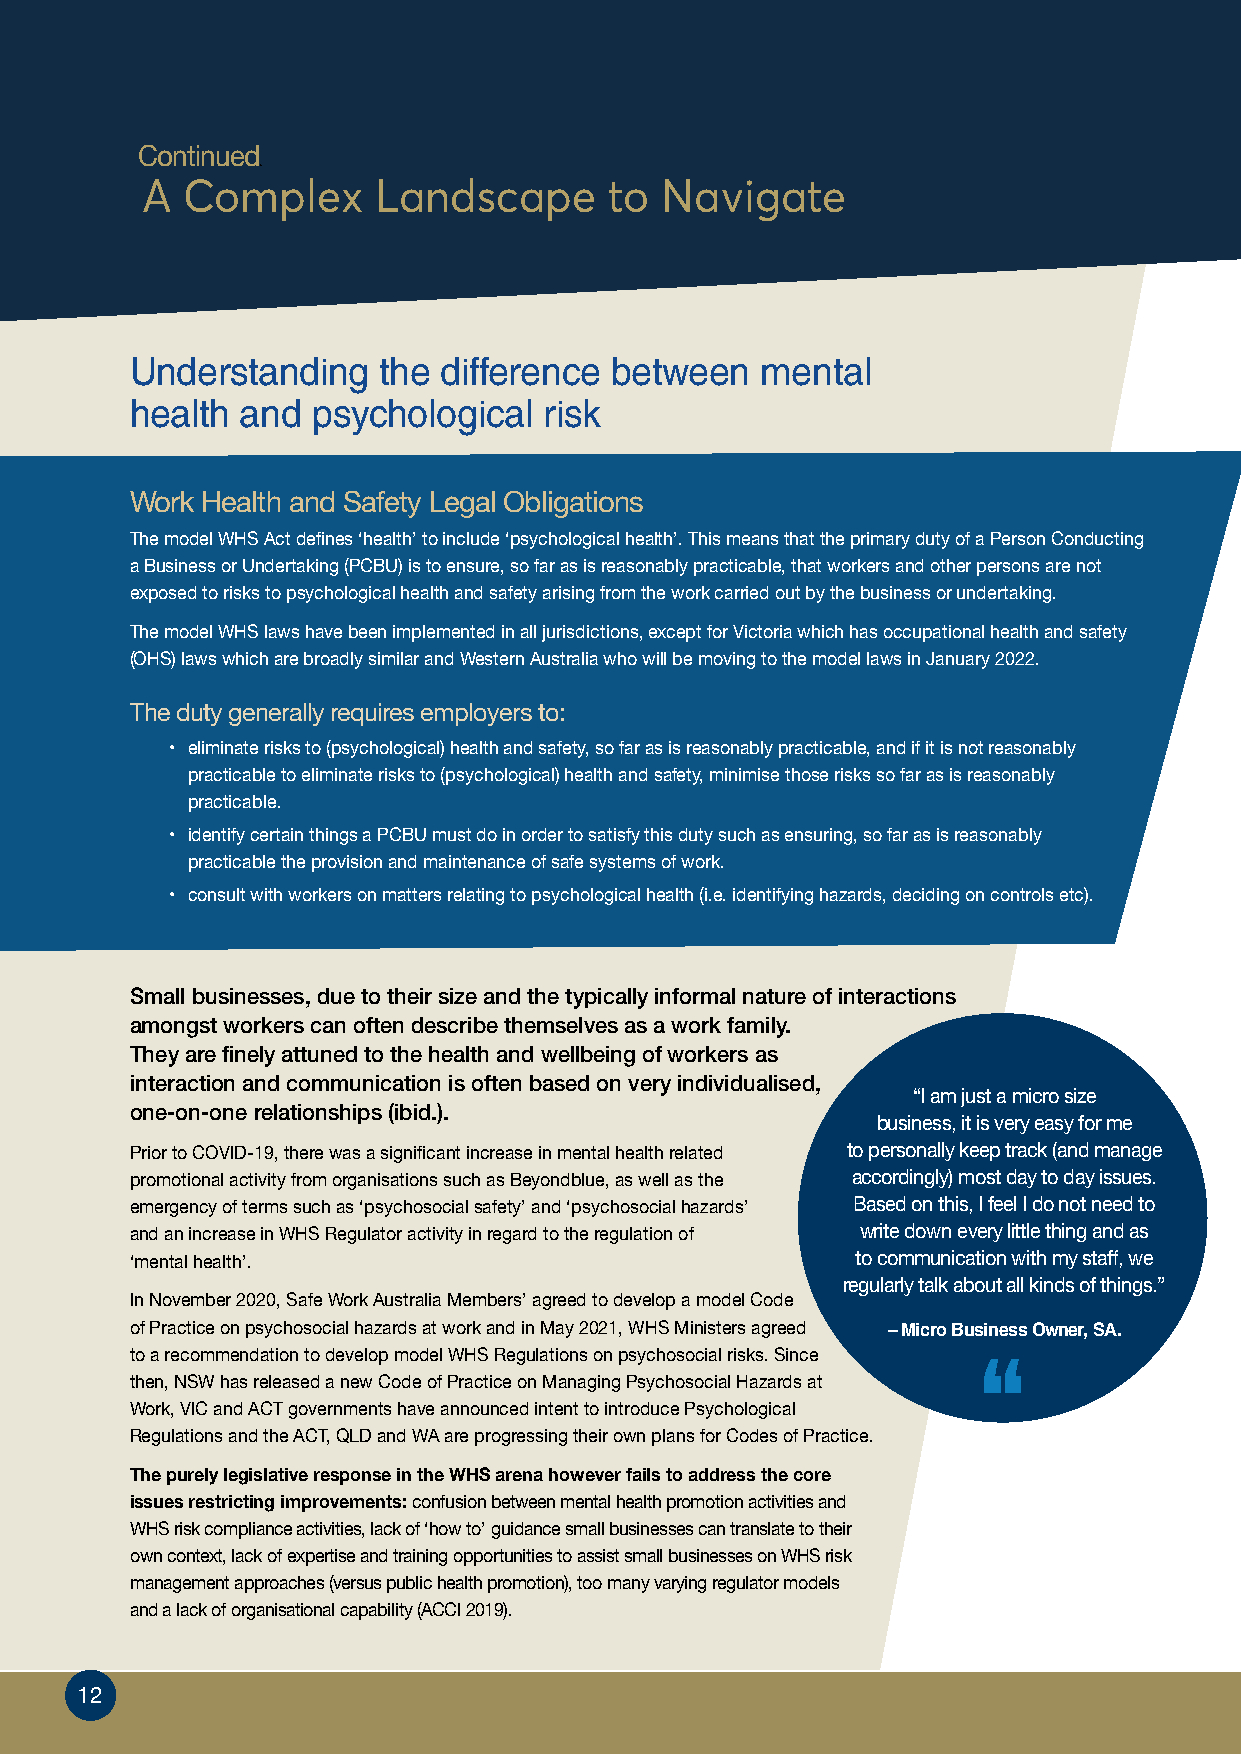
Continued
 Fo
 A  Complex      Landscape      to  Navigate
 Understanding   the difference between   mental
 health and  psychological  risk
 Work Health and Safety Legal Obligations
 The model WHS Act defines ‘health’ to include ‘psychological health’. This means that the primary duty of a Person Conducting
 a Business or Undertaking (PCBU) is to ensure, so far as is reasonably practicable, that workers and other persons are not
 exposed to risks to psychological health and safety arising from the work carried out by the business or undertaking.
 The model WHS laws have been implemented in all jurisdictions, except for Victoria which has occupational health and safety
 (OHS) laws which are broadly similar and Western Australia who will be moving to the model laws in January 2022.
 The duty generally requires employers to:
 • eliminate risks to (psychological) health and safety, so far as is reasonably practicable, and if it is not reasonably
 practicable to eliminate risks to (psychological) health and safety, minimise those risks so far as is reasonably
 practicable.
 • identify certain things a PCBU must do in order to satisfy this duty such as ensuring, so far as is reasonably
 practicable the provision and maintenance of safe systems of work.
 • consult with workers on matters relating to psychological health (i.e. identifying hazards, deciding on controls etc).
 Small businesses, due to their size and the typically informal nature of interactions
 amongst workers can often describe themselves as a work family.
 They are finely attuned to the health and wellbeing of workers as
 interaction and communication is often based on very individualised,
 “I am just a micro size
 one-on-one relationships (ibid.).
 business, it is very easy for me
 Prior to COVID-19, there was a significant increase in mental health related to personally keep track (and manage
 promotional activity from organisations such as Beyondblue, as well as the accordingly) most day to day issues.
 emergency of terms such as ‘psychosocial safety’ and ‘psychosocial hazards’ Based on this, I feel I do not need to
 and an increase in WHS Regulator activity in regard to the regulation of write down every little thing and as
 ‘mental health’.                                to communication with my staff, we
 regularly talk about all kinds of things.”
 In November 2020, Safe Work Australia Members’ agreed to develop a model Code
 of Practice on psychosocial hazards at work and in May 2021, WHS Ministers agreed – Micro Business Owner, SA.
 to a recommendation to develop model WHS Regulations on psychosocial risks. Since
 then, NSW has released a new Code of Practice on Managing Psychosocial Hazards at
 Work, VIC and ACT governments have announced intent to introduce Psychological
 Regulations and the ACT, QLD and WA are progressing their own plans for Codes of Practice.
 The purely legislative response in the WHS arena however fails to address the core
 issues restricting improvements: confusion between mental health promotion activities and
 WHS risk compliance activities, lack of ‘how to’ guidance small businesses can translate to their
 own context, lack of expertise and training opportunities to assist small businesses on WHS risk
 management approaches (versus public health promotion), too many varying regulator models
 and a lack of organisational capability (ACCI 2019).
 1122